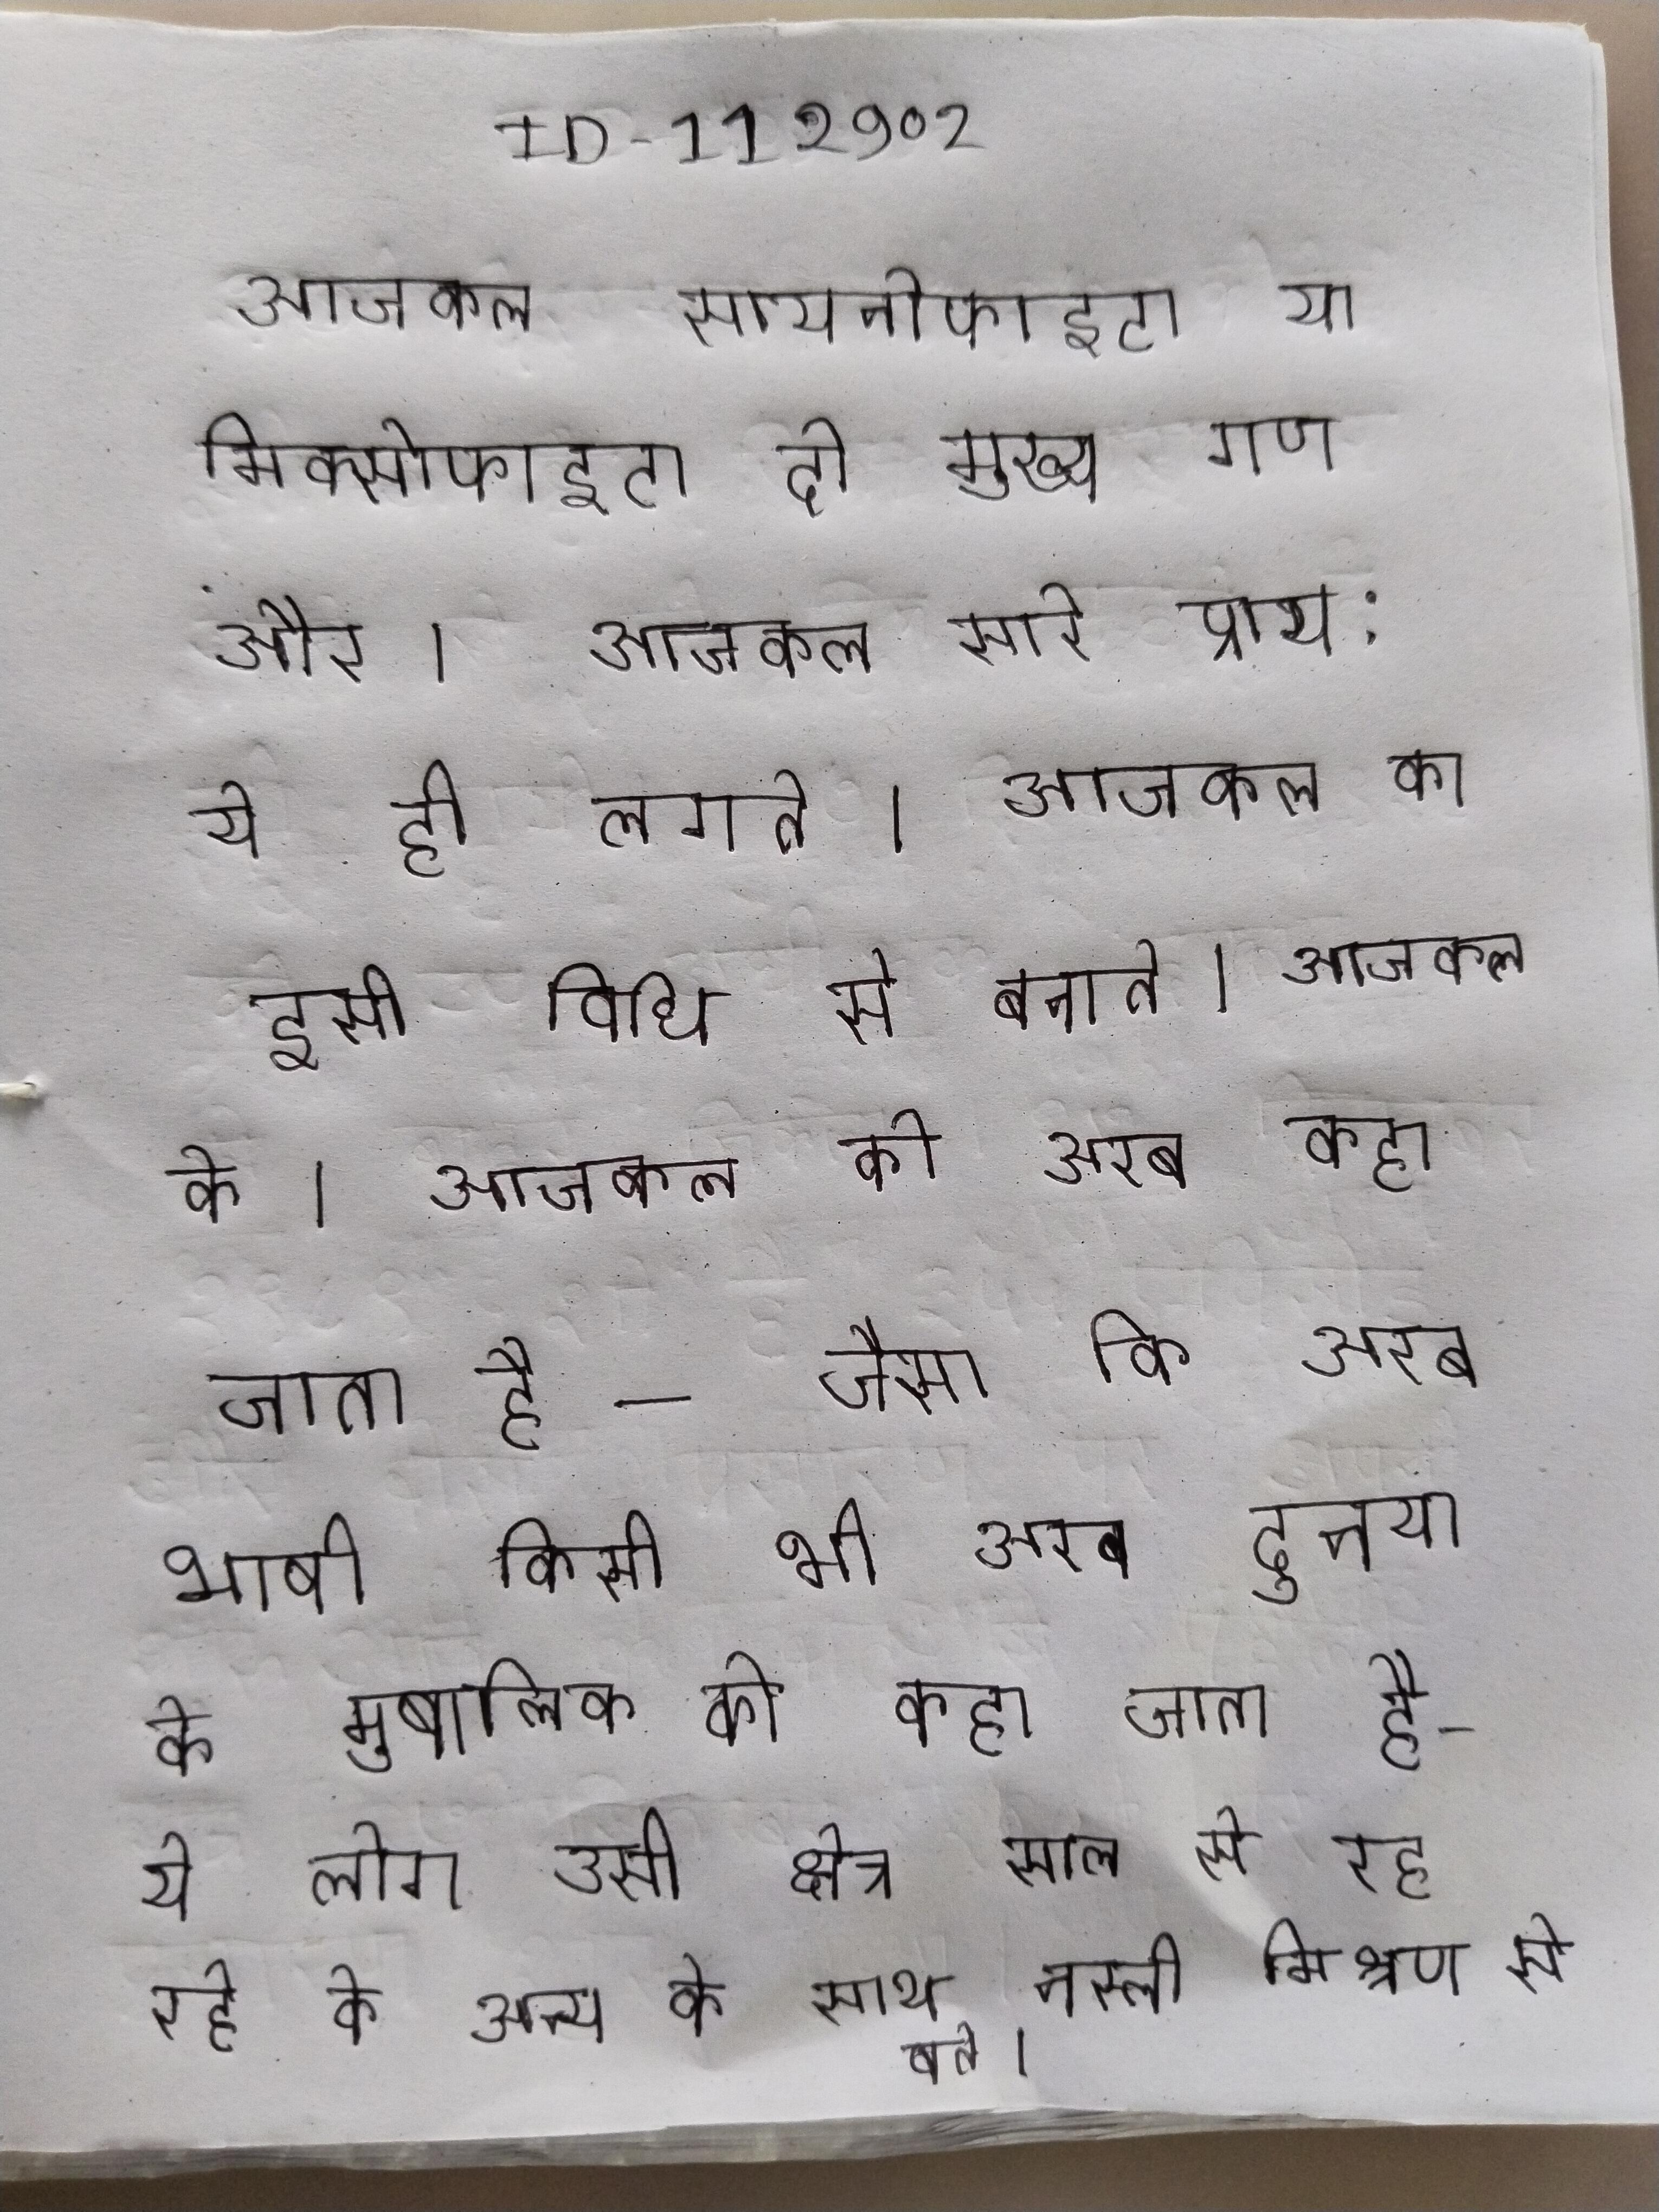
आजकल सायनोफाइटा या मिक्सोफाइटा दो मुख्य गण और । आजकल सारे प्राय: ये ही लगते । आजकल का इसी विधि से बनाते । आजकल के । आजकल को अरब कहा जाता है - जैसा कि अरब भाषी किसी भी अरब दुनया के मुबालिक को कहा जाता है - ये लोग उसी क्षेत्र साल से रह रहे के अन्य के साथ नस्ली मिश्रण से बने ।